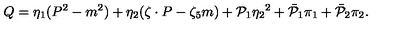
Q = \eta _ { 1 } ( P ^ { 2 } - m ^ { 2 } ) + \eta _ { 2 } ( \zeta \cdot P - \zeta _ { 5 } m ) + { \cal P } _ { 1 } { \eta _ { 2 } } ^ { 2 } + { \bar { \cal P } } _ { 1 } \pi _ { 1 } + { \bar { \cal P } } _ { 2 } \pi _ { 2 } .